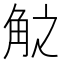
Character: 𮗧